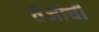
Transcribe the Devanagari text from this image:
तेजीची